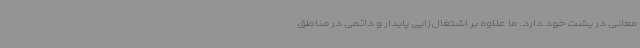
معانی در پشت خود دارد. ما علاوه بر اشتغال‌زایی پایدار و دائمی در مناطق